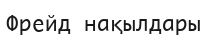
Фрейд нақылдары